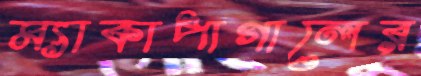
ম্যাকাপাগালের